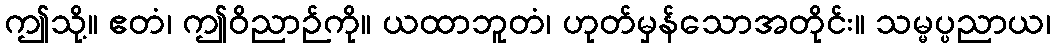
ဤသို့။ ဧတံ၊ ဤဝိညာဉ်ကို။ ယထာဘူတံ၊ ဟုတ်မှန်သောအတိုင်း။ သမ္မပ္ပညာယ၊